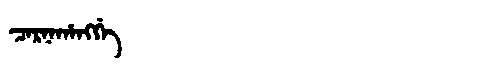
Manchu: ᠴᠠᡵᠨᠠᡥᠠᠩᡤᡝ
Romanization: CARNAHANGGE